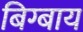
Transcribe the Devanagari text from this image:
बिग्बाय